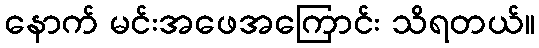
နောက် မင်းအဖေအကြောင်း သိရတယ်။